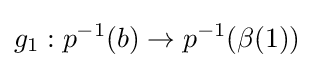
g_{1}:p^{-1}(b)\to p^{-1}(\beta (1))